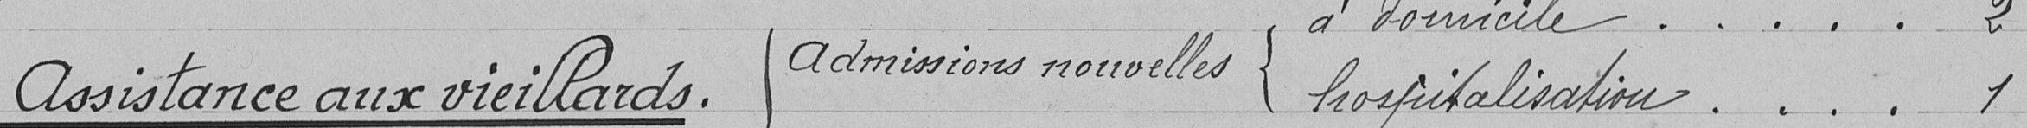
Assistance aux vieillards Admissions nouvelles à domicile ..... 2